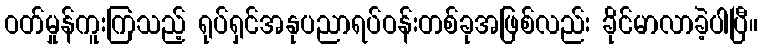
ဝတ်မှုန်ကူးကြသည့် ရုပ်ရှင်အနုပညာရပ်ဝန်းတစ်ခုအဖြစ်လည်း ခိုင်မာလာခဲ့ပါပြီ။